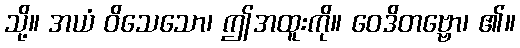
သို့။ အယံ ဝိသေသော၊ ဤအထူးကို။ ဝေဒိတဗ္ဗော၊ ၏။